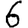
Digit: 6